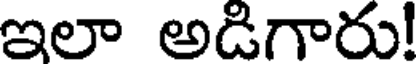
ఇలా అడిగారు!